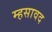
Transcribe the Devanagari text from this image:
म्हसावद